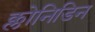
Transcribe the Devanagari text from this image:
क्लोनिडिन